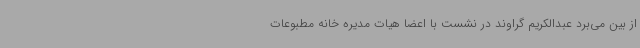
از بین می‌برد عبدالکریم گراوند در نشست با اعضا هیات مدیره خانه مطبوعات